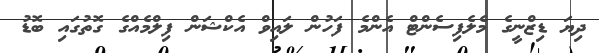
ދިޔަ ޑިޒްނީގެ މެލެފިސެންޓް އެންމެ ފަހުން ލައިވް އެކްޝަން ފިލްމެއްގެ ގޮތުގައި ބޮޑު